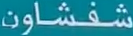
شفشوان